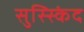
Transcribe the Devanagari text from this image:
सुस्स्किंद